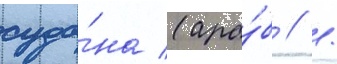
суда́на (ара́б // /